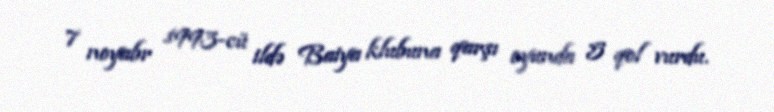
7 noyabr 1993-cü ildə Baiya klubuna qarşı oyunda 5 qol vurdu.